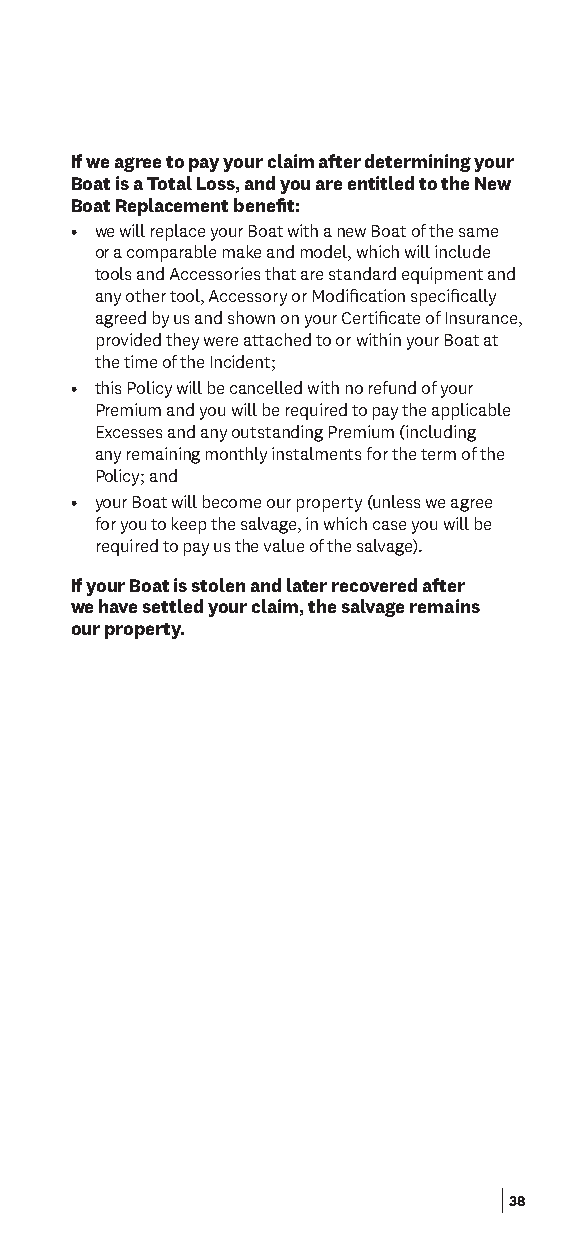
If we agree to pay your claim after determining your
 Boat is a Total Loss, and you are entitled to the New
 Boat Replacement beneft:
 • we will replace your Boat with a new Boat of the same
 or a comparable make and model, which will include
 tools and Accessories that are standard equipment and
 any other tool, Accessory or Modifcation specifcally
 agreed by us and shown on your Certifcate of Insurance,
 provided they were attached to or within your Boat at
 the time of the Incident;
 • this Policy will be cancelled with no refund of your
 Premium and you will be required to pay the applicable
 Excesses and any outstanding Premium (including
 any remaining monthly instalments for the term of the
 Policy; and
 • your Boat will become our property (unless we agree
 for you to keep the salvage, in which case you will be
 required to pay us the value of the salvage).
 If your Boat is stolen and later recovered after
 we have settled your claim, the salvage remains
 our property.
 38